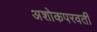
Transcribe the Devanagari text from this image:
अशोकपरवर्ती